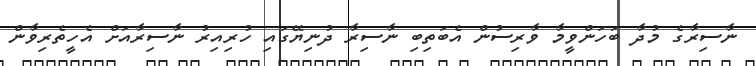
ނާސިރާގެ މުދާ ބަހަންވީމާ ވާރިސުން އެބަތިބި ނާސިރާ ދުނިޔޭގައި ހުރިއިރު ނާސިރާއަށް އެހީތެރިވާން